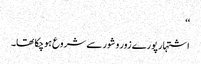
‘‘
اشتہار پورے زور و شور سے شروع ہوچکا تھا۔